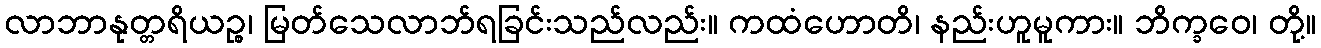
လာဘာနုတ္တရိယဉ္စ၊ မြတ်သေလာဘ်ရခြင်းသည်လည်း။ ကထံဟောတိ၊ နည်းဟူမူကား။ ဘိက္ခဝေ၊ တို့။